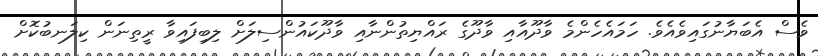
ވެސް އެބަޔާނުގައިވެއެވެ. ހަމައެހެންމެ ވާދޫއާއި ވާދޫގެ ރައްޔިތުންނާއި ވާދޫކައުންސިލަށް ލިބިފައިވާ ރީތިނަން ކިލަނބުކޮށް